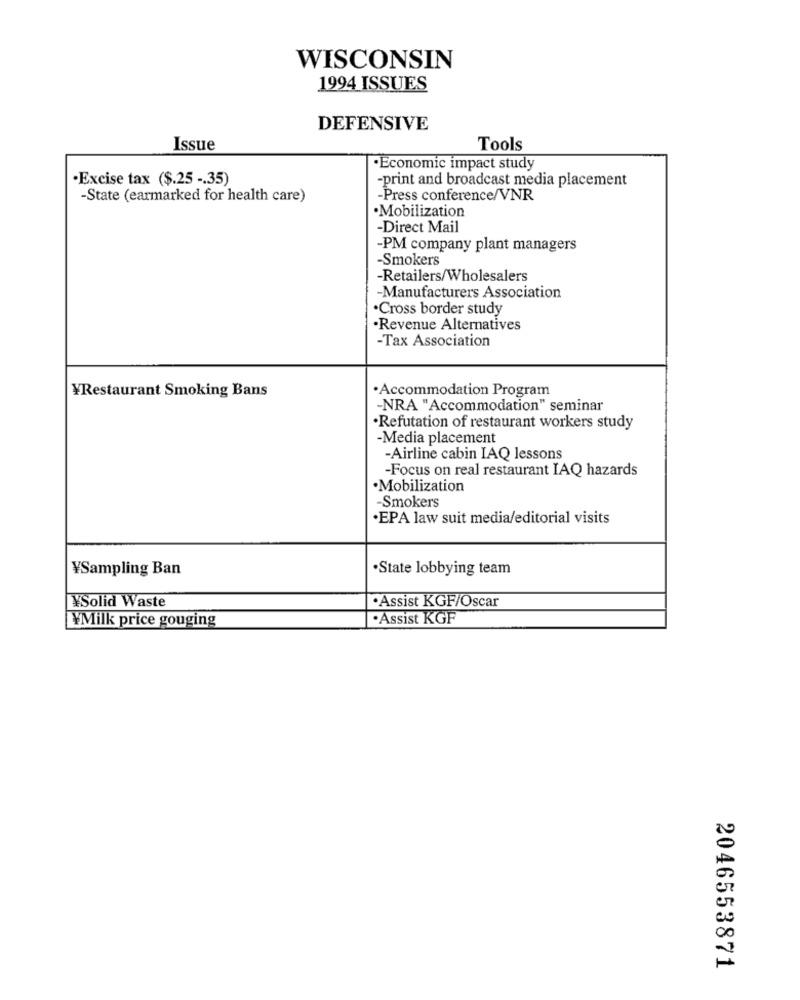
WISCONSIN
1994 ISSUES
DEFENSIVE
Issue
Tools
·Economic impact study
.Excise tax ($.25 -. 35)
-print and broadcast media placement
-State (earmarked for health care)
-Press conference/VNR
·Mobilization
-Direct Mail
-PM company plant managers
-Smokers
-Retailers/Wholesalers
-Manufacturers Association
·Cross border study
Revenue Alternatives
-Tax Association
YRestaurant Smoking Bans
·Accommodation Program
-NRA "Accommodation" seminar
·Refutation of restaurant workers study
-Media placement
-Airline cabin IAQ lessons
-Focus on real restaurant IAQ hazards
.Mobilization
-Smokers
·EPA law suit media/editorial visits
¥Sampling Ban
·State lobbying team
.Assist KGF/Oscar
¥Solid Waste
¥Milk price gouging
.Assist KGF
2046553871